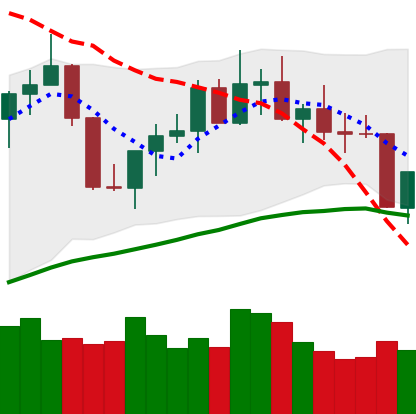
Ticker: TRX-USD
Chart end date: 2022-07-26
Forward return: 5.516%
Label: up_5_7